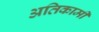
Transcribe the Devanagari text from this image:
अतिकामी